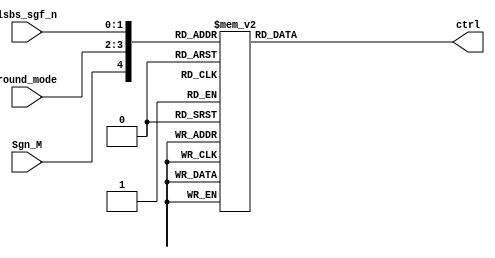
`timescale 1ns / 1ps
//////////////////////////////////////////////////////////////////////////////////
// Company: 
// Engineer: 
// 
// Design Name: 
// Module Name:    Decoder_4_1 
// Project Name: 
// Target Devices: 
// Tool versions: 
// Description: 
//
// Dependencies: 
//
// Revision: 
// Revision 0.01 - File Created
// Additional Comments: 
//
//////////////////////////////////////////////////////////////////////////////////
module Decoder_4_1(
	input wire [1:0] round_mode,
	input wire [1:0] lsbs_sgf_n,
	input wire Sgn_M, //It's necessary to know if you are rounding a negative or positive number
	output reg ctrl //control signal mux --- control of the rounded significand
    );

always @*
  case ({Sgn_M,round_mode,lsbs_sgf_n})
 // Round to infinity - (Round down)
//1'b0: Let pass the significand without rounding
//1'b1: Let pass the rounded significand

//Round towards - infinity
//0: positive number ; 01: Round towards - inifnity ; XX rounding bits

	//Positive Number
	5'b00100: ctrl <= 1'b0;
	5'b00101: ctrl <= 1'b0;
	5'b00110: ctrl <= 1'b0;
	5'b00111: ctrl <= 1'b0;

	//Negative Number
	
	5'b10100: ctrl <= 1'b0;
	5'b10101: ctrl <= 1'b1;
	5'b10110: ctrl <= 1'b1;
	5'b10111: ctrl <= 1'b1;
	
//Round towards + infinity 

	//Positive Number
	
	5'b01000: ctrl <= 1'b0;
	5'b01001: ctrl <= 1'b1;
	5'b01010: ctrl <= 1'b1;
	5'b01011: ctrl <= 1'b1;
	
	//Negative Number
	
	5'b11000: ctrl <= 1'b0;
	5'b11001: ctrl <= 1'b0;
	5'b11010: ctrl <= 1'b0;
	5'b11011: ctrl <= 1'b0;
	
   default: ctrl <= 1'b0; //Truncation
   endcase
			
endmodule